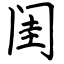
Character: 闺